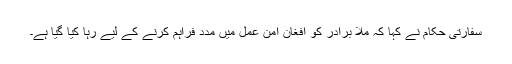
سفارتی حکام نے کہا کہ ملا برادر کو افغان امن عمل میں مدد فراہم کرنے کے لیے رہا کیا گیا ہے۔